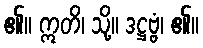
၏။ ဣတိ၊ သို့။ ဒဋ္ဌဗ္ဗံ၊ ၏။